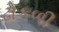
ઢોકળી